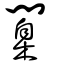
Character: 闑